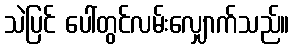
သဲပြင် ပေါ်တွင်လမ်းလျှောက်သည်။